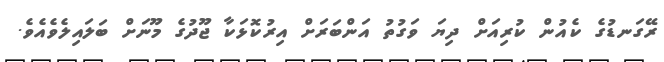
ރޭގަނޑުގެ ކެއުން ކުރިއަށް ދިޔަ ވަގުތު އަންބަރަށް އިރުކޮޅަކާ ޖޫދުގެ މޫނަށް ބަލައިލެވެއެވެ.